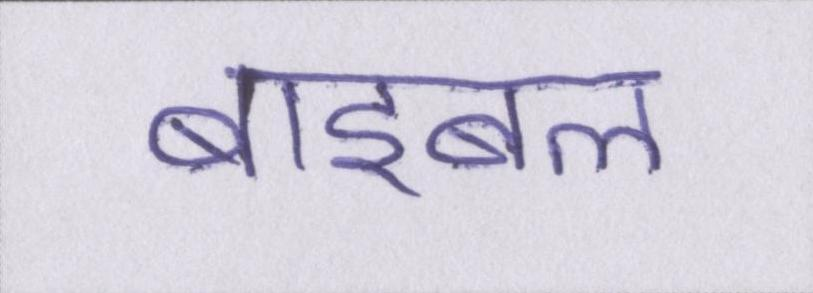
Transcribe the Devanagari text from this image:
बाइबल